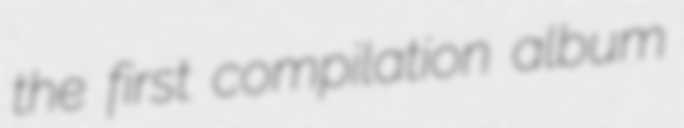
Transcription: the first compilation album